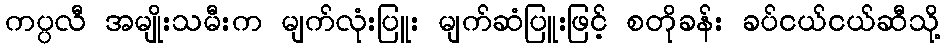
ကပ္ပလီ အမျိုးသမီးက မျက်လုံးပြူး မျက်ဆံပြူးဖြင့် စတိုခန်း ခပ်ငယ်ငယ်ဆီသို့